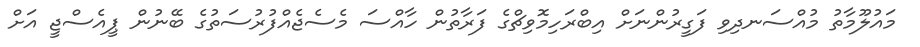
މައުލޫމާތު މުއްސަނދިވި ފަގީރުންނަށް އިބްރަހިމޮވިޗްގެ ފަރާތުން ހާއްސަ މެސެޖެއްފުރުސަތުގެ ބޭނުން ޕީއެސްޖީ އަށް